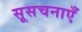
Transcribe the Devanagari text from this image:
सूसचनाएँ